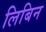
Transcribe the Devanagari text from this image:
लिबिन